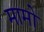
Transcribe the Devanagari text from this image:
मामो